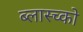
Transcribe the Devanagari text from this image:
ब्लास्च्को